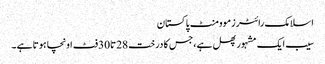
اسلامک رائٹرزموومنٹ پاکستان
سیب ایک مشہور پھل ہے ،جس کا درخت 28تا30فٹ اونچا ہوتا ہے ۔